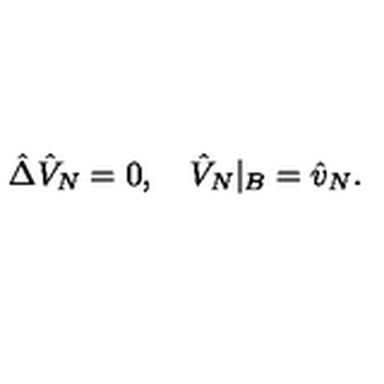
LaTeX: \hat { \Delta } { \hat { V } _ { N } } = 0 , \quad { \hat { V } _ { N } } { | _ { B } } = { \hat { v } _ { N } } .